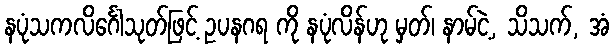
နပုံသကလိင်္ဂေါသုတ်ဖြင့် ဥပနဂရ ကို နပုံလိန်ဟု မှတ်၊ နာမ်ငဲ့, သိသက်, အံ